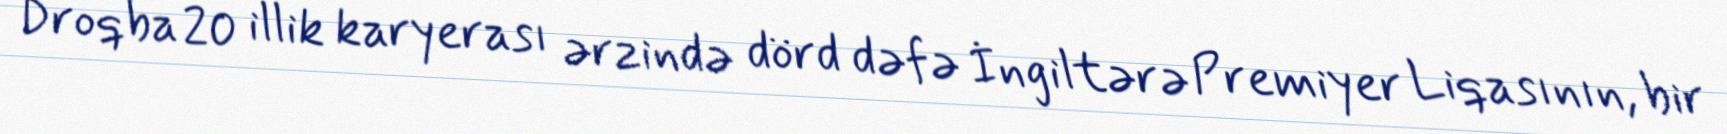
Droqba 20 illik karyerası ərzində dörd dəfə İngiltərə Premiyer Liqasının, bir